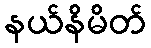
နယ်နိမိတ်